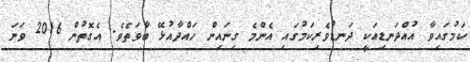
ކަމުގައިވާ އުއްދަނޑިއަކީ ދަނޑުވެރިކަމުގައި އެންމެ ގިނައިން ހައްދާއުޅޭ ބާވަތެވެ. އެގޮތުން 2016 ވަނަ